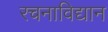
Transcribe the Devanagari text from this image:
रचनाविद्यान